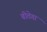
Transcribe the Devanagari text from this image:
बीतेगा